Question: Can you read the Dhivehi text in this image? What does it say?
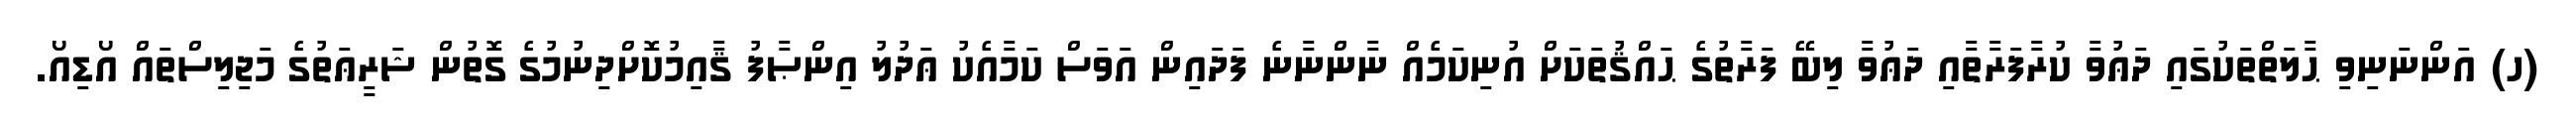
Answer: (ހ) އަންނަނިވި ޙާލަތްތަކުގައި ދަޢުވާ ކުރާފަރާތާއި ދަޢުވާ ލިބޭ ފަރާތުގެ ޙައްޤުތަކަށް އުނިކަމެއް ނާންނާނެ ފަދައިން އަވަސް ކަމާއެކު ޢަދުލު އިންޞާފު ޤާއިމުކޮށްދިނުމުގެ ގޮތުން ޝަރީޢަތުގެ މަޖިލިސްތައް އޯޑިއޯ.